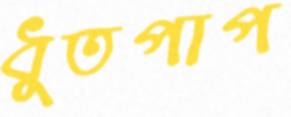
ধুতপাপ